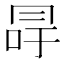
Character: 冔